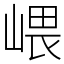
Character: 㟪